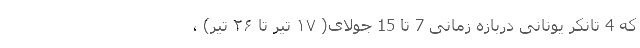
که 4 تانکر یونانی دربازه زمانی 7 تا 15 جولای( ۱۷ تیر تا ۲۶ تیر) ،